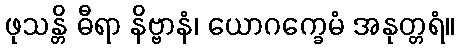
ဖုသန္တိ ဓီရာ နိဗ္ဗာနံ၊ ယောဂက္ခေမံ အနုတ္တရံ။